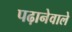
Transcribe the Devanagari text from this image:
पढ़ानेवाले